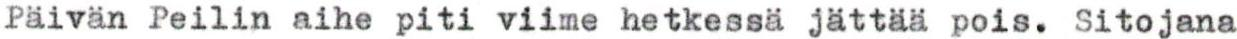
Päivän Peilin aihe piti viime hetkessä jättää pois. Sitojana